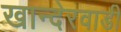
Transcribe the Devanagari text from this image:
खान्देरवाडी